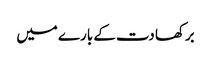
برکھا دت کے بارے میں